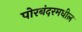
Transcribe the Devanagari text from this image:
पोरबंदरमधील